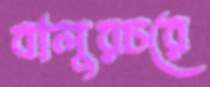
বালুরচরে